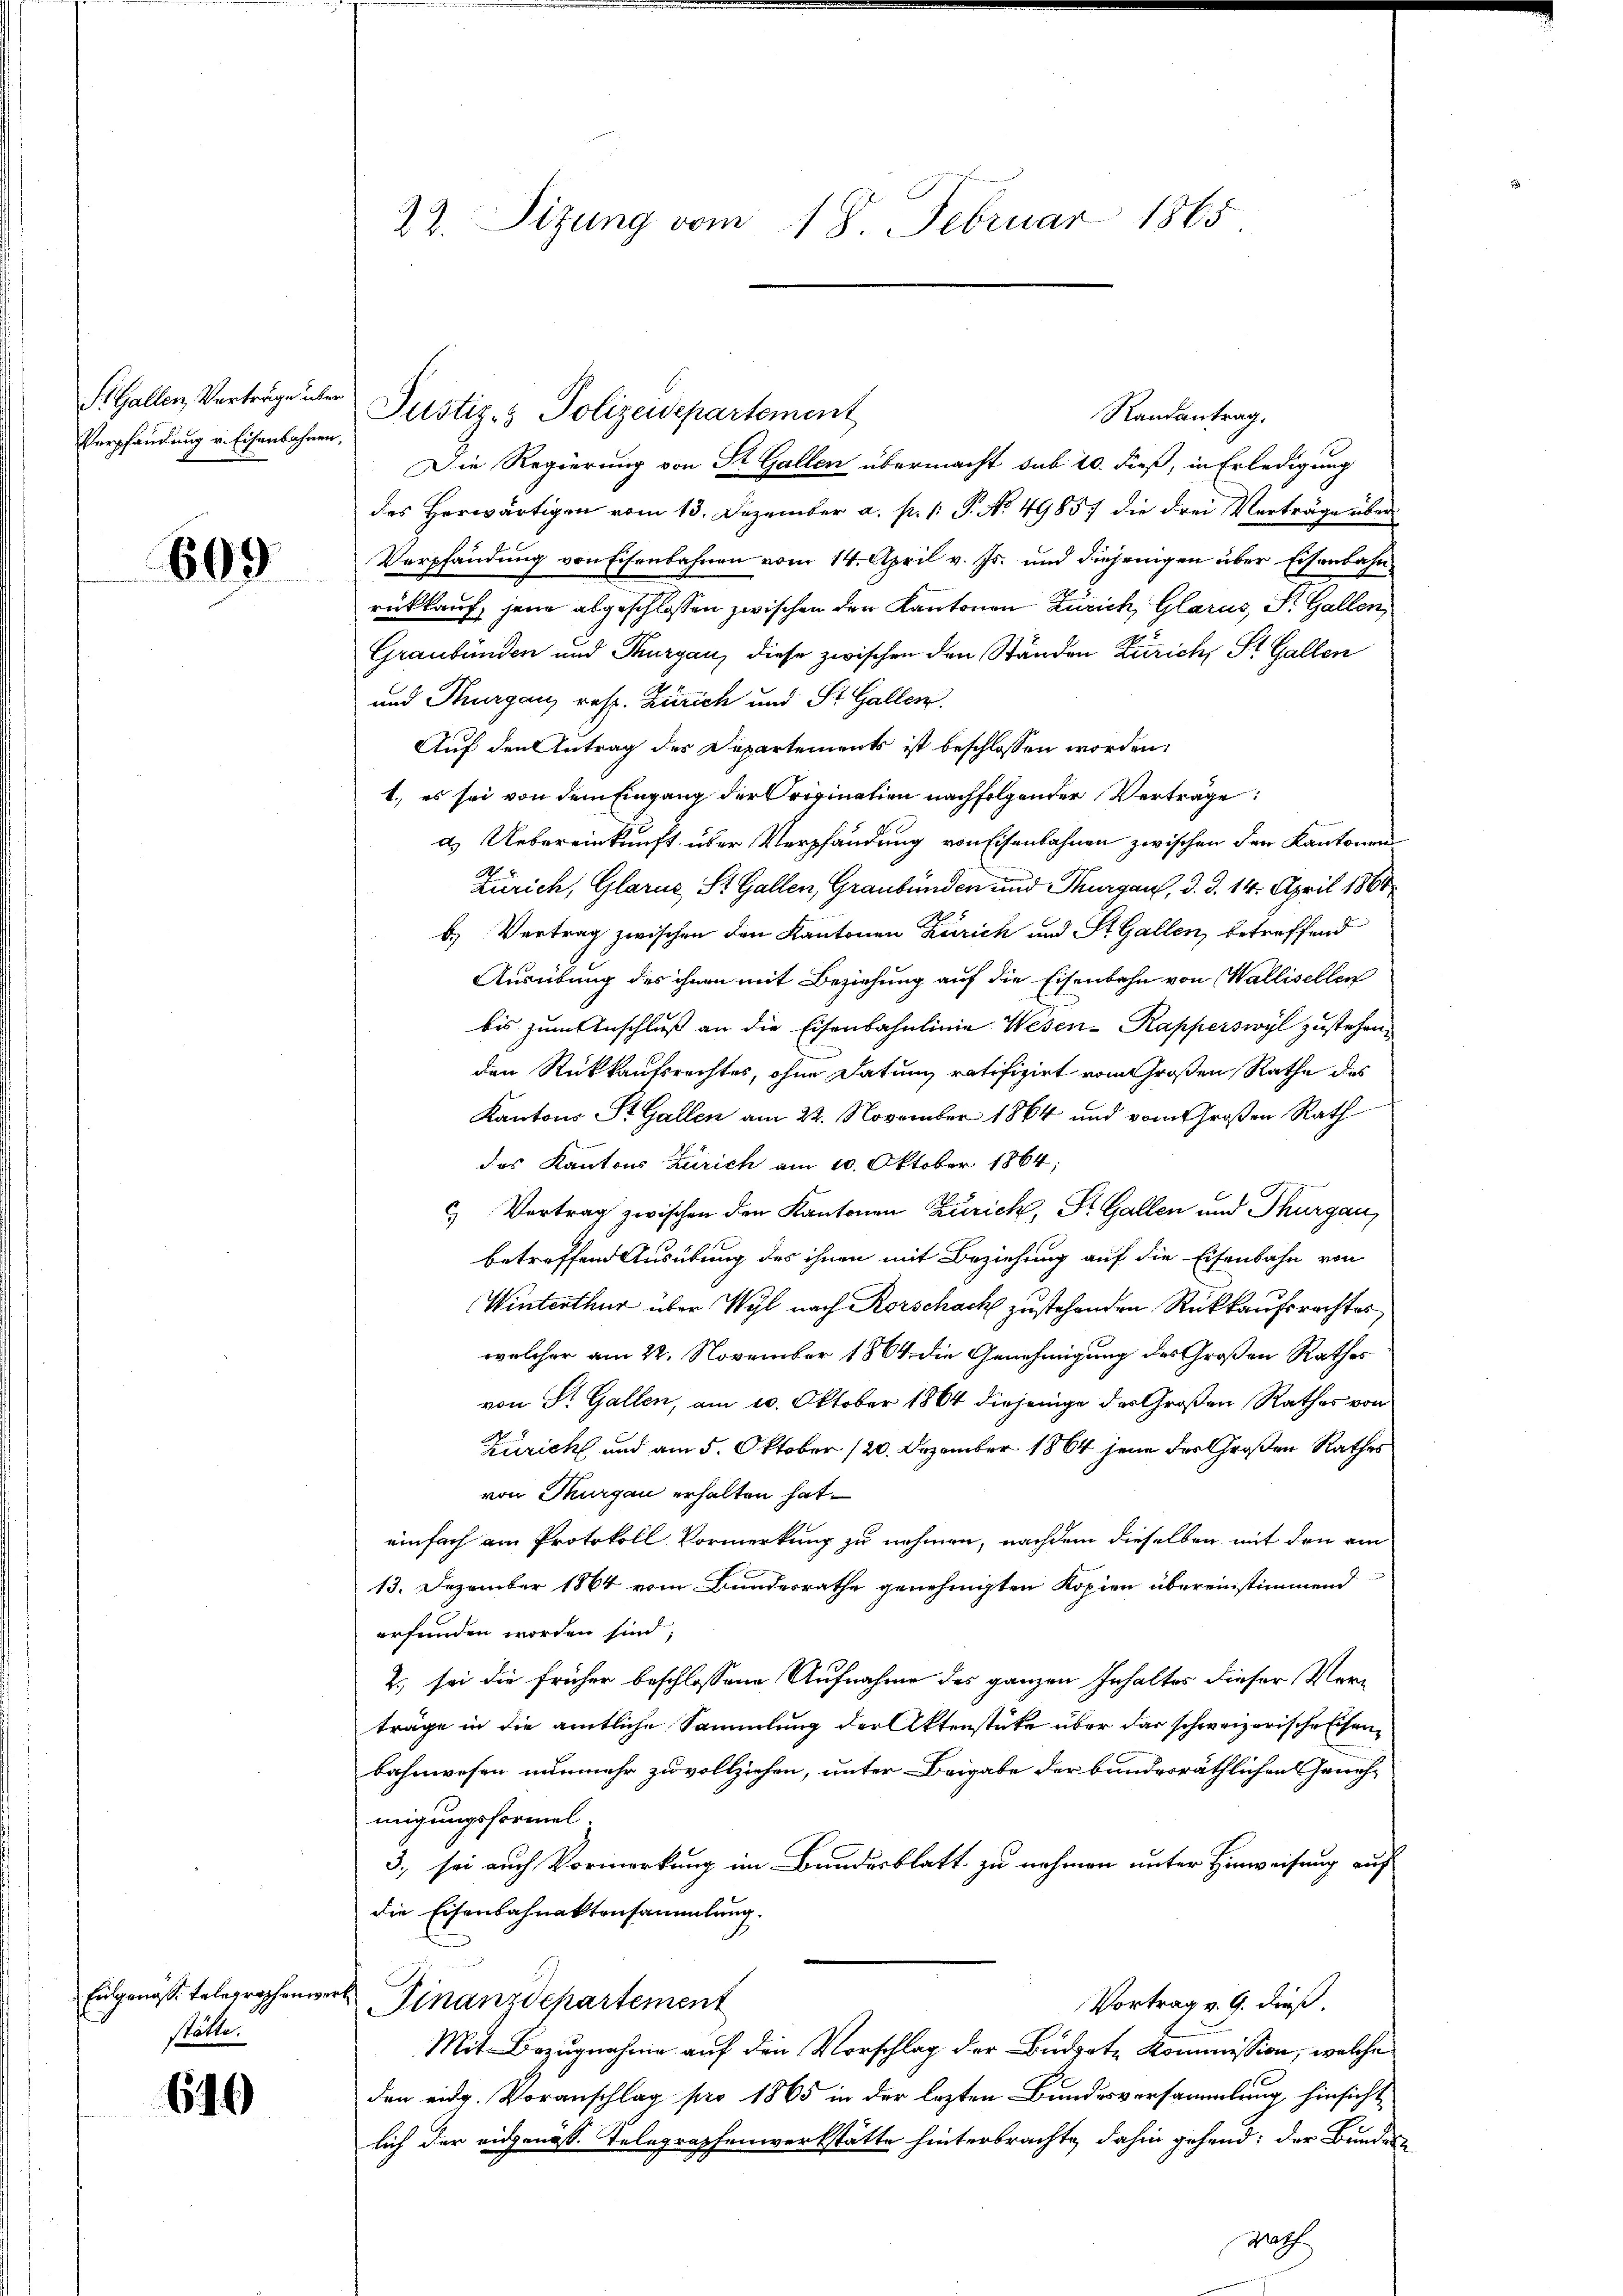
StGallen, Vorträge über
Verpfandung v. Eisenbahnen,

699

Eidgenösse telegraphen.
Stätte.

610

22. Sitzung vom 18. Februar 1865

Randantrag.
Die Regierung von St. Gallen übermacht sub 20. dieß, in Erledigung
des Herwärtigen vom 13. Dezember a. p. 1. P. No. 4985) die drei Verträge über¬
Verpfändung von Eisenbahnen vom 14. April v. Js. und diejenigen über Eisenbahnrükkauf, jene abgeschlossen zwischen den Kantonen Zürich Glarus, St. Gallen
Graubünden und Thurgau, diese zwischen den Ständen Zürich, St. Gallen
und Thurgau, resp. Zürich und St. Gallen
Auf den Antrag des Departements ist beschlossen worden,
1., es sei von dem Eingang der Origination nachfolgender Verträge
a.) Uebereinkunft über Verpfändung von Eisenbahnen zwischen der Kantonen
Zürich, Glarus, St. Gallen, Graubünden und Thurgau, d. d. 14. April 1860
b.) Vertrag zwischen den Kantonen Zürich und St. Gallen, betreffend
Ausübung des ihnen mit Beziehung auf die Eisenbahn von Wallisellen
bis zum Anschluß an die Eisenbahnlinie Wesen-Kapperswyl zustehen,
den Rückkaufsrechtes, ohne Datum ratifizirt vom Großen Rathe des
Kantons St. Gallen am 22. November 1864 und vom Großen Rath
des Kantons Zürich am 10. Oktober 1864;
c) Vertrag zwischen den Kantonen Zürich, St. Gallen und Thurgau,
betreffend Ausübung des ihnen mit Beziehung auf die Eisenbahn von
Winterthur über Wyl nach Rorschach zustehenden Rückkaufsrechtes
welcher am 22. November 1864 die Genehmigung des Großen Rathes
von St. Gallen, am 20. Oktober 1864 diejenige des Großen Rathes von
Züricht und am 5. Oktober 120. Dezember 1864 jene der Großen Rathes
von Thurgau erhalten hat.
einfach am Protokoll Vormerkung zu nehmen, nachdem dieselben mit den am
13. Dezember 1864 vom Bundesrathe genehmigten Kopien übereinstimmend
erfunden worden sind;
2), sei die früher beschlossene Aufnahme des ganzen Inhaltes dieser Verträge in die amtliche Sammlung der Aktenstücke über das schweizerische Eisenbahnwesen nunmehr zu vollziehen, unter Beigabe der bunderräthlichen Genehmigungsformel.
3., sei auch Vormerkung im Bundesblatt zu nehmen unter Hinweisung auf
die Eisenbahnaktensammlung.
 Finanzdepartement
Vortrag v. 9. dieß.
Mit Bezugnahme auf den Vorschlag der Budget- Kommission, welche
den eidg. Voranschlag pro 1865 in der lezten Bundesversammlung, hinsichte
lich der eidgenöss. Telegraphenwerkstätte hinterbrachte dahin gehend: der Bundes-
Rath

Justiz- & Polizeidepartement